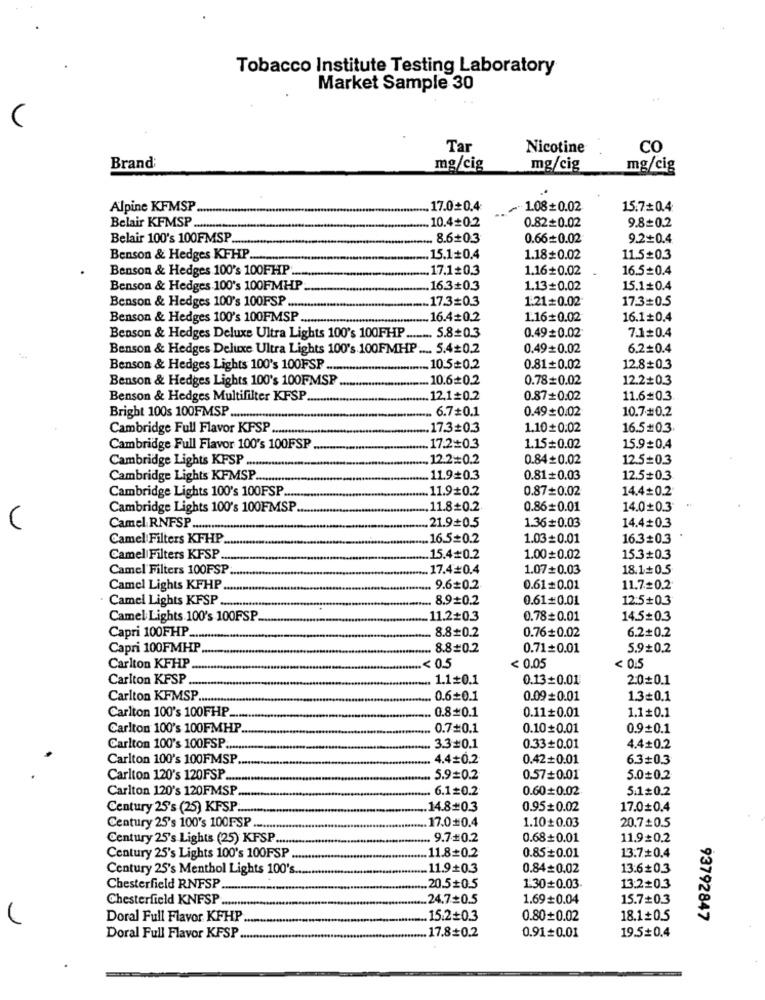
Tobacco Institute Testing Laboratory
Market Sample 30
Tar
Nicotine
CO
Brand:
mg/cig
mg/cig
mg/cig
Alpine KFMSP ..
17.00.4
/1.08+0.02
15.7=0.4
10.4+0.2
Belair KFMSP ......
0.82+0.02
9.8=0.2
Belair 100's 100FMSP
8.6+0.3
0.66=0.02
9.2+0.4
Benson & Hedges KFHP ...
15.1+0.4
1.18+0.02
11.5=0.3
Benson & Hedges 100's 100FHP ..
17.1+0.3
1.16+0.02
16.5=0.4
Benson & Hedges 100's 100FMHP
16.3+0.3
1.13+0.02
15.1+0.4
Benson & Hedges 100's 100FSP
17.3=0.3
1.21=0.02
17.3=0.5
Benson & Hedges 100's 100FMSP ...
.16.4=0.2
1.16+0.02
16.1+0.4
7.1+0.4
Benson & Hedges Deluxe Ultra Lights 100's 100FHP ........ 5.8+0.3
0.49=0.02
Benson & Hedges Deluxe Ultra Lights 100's 100FMHP .... 5.4+0.2
0.49+0.02
6.2=0.4
Benson & Hedges Lights 100's 100FSP ...
.10:5=0.2
0.81+0.02
12.8+0.3
Benson & Hedges Lights 100's 100FMSP
10.6+0.2
0.78=0.02
12.2+0.3
Benson & Hedges Multifilter KFSP
12.1+0.2
0.87+0.02
11.6#0.3
Bright 100s 100FMSP
6.7+0.1
0.49+0.02
10.7#0.2
-
Cambridge Full Flavor KFSP ....
17.3=0.3
1.10#0.02
16.5#03
Cambridge Full Flavor 100's 100FSP
17.2=0.3
1.15=0.02
15.9=0.4
Cambridge Lights KPSP ...........
12.2=0.2
0.84+0.02
12.5=0.3
Cambridge Lights KFMSP.
11.9+0.3
0.81=0.03
12.5+0.3
Cambridge Lights 100's 100FSP.
.. 11.9+0.2
0.87=0.02
14.4=0.2
Cambridge Lights 100's 100FMSP
11.8+0.2
0.86=0.01
14.00.3
U
Camel RNFSP ....
21.9+0.5
1.36=0.03
14.4#0.3
Camel Filters KFHP
16.5=0.2
1.03=0.01
16.30.3
Camel Filters KFSP ...
15.4#0.2
1.000.02
15.3=0.3
Camel Filters 100FSP.
17.4#0.4
1.07=0.03
18.1=0.5
Camel Lights KFHP
9.6 0.2
0.61=0.01
11.7=0.2
Camel Lights KFSP ..
8.90.2
0.61#0.01
12:5#0.3
Camel Lights 100's 100FSP
11.2#0.3
0.78=0.01
14.5=0.3
8.8#0.2
6.2+0.2
Capri 100FHP
0.76#0.02
Capri 100FMHP
8.8=0.2
0.71=0.01
5.9+0.2
Carlton KFHP
< 0.5
< 0.05
< 0.5
Carlton KFSP
1.1+0.1
0.13+0.01
2.00.1
Carlton KFMSP ....
0.6=0.1
0.09+0.01
1.3=0.1
Carlton 100's 100FHP.
0.8#0.1
0.11+0.01
1.1+0.1
Carlton 100's 100FMHP
0.7=0.1
0.10+0.01
0.9+0.1
Carlton 100's 100FSP
3.3#0.1
0.33+0.01
4.4+0.2
Carlton 100's 100FMSP
4.4=0.2
0.42+0.01
6.3#0.3
Carlton 120's 120FSP ....
5.9=0.2
0.57+0.01
5.0=0.2
Carlton 120's 120FMSP
6.1=0.2
0.60+0.02
5.1=0.2
Century 25's (25) KFSP ....
14.8#0.3
0.95+0.02
17.00.4
17.0#0.4
1.10+0.03
20.7+0.5
Century 25's 100's 100PSP ........
Century 25's Lights (25) KPSP ......
9.7#0.2
0.68+0.01
11.9=0.2
11.8+0.2
13.7+0.4
Century 25's Lights 100's 100FSP
0.85+0.01
Century 25's Menthol Lights 100's ..
11.9+0.3
0.84+0.02
13:6+0.3
Chesterfield RNFSP
.20.5+0.5
1.30+0.03.
13:2+0.3
Chesterfield KNFSP .......
.24.7+0.5
1.69+0.04
15.7+0.3
Doral Full Flavor KFHP
15.2+0.3
0.80+0.02
18.1+0.5
93792847
.17.8+0.2
0.91=0.01
19.5+0.4
Doral Full Flavor KFSP